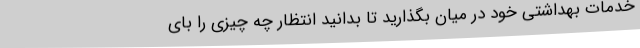
خدمات بهداشتی خود در میان بگذارید تا بدانید انتظار چه چیزی را بای